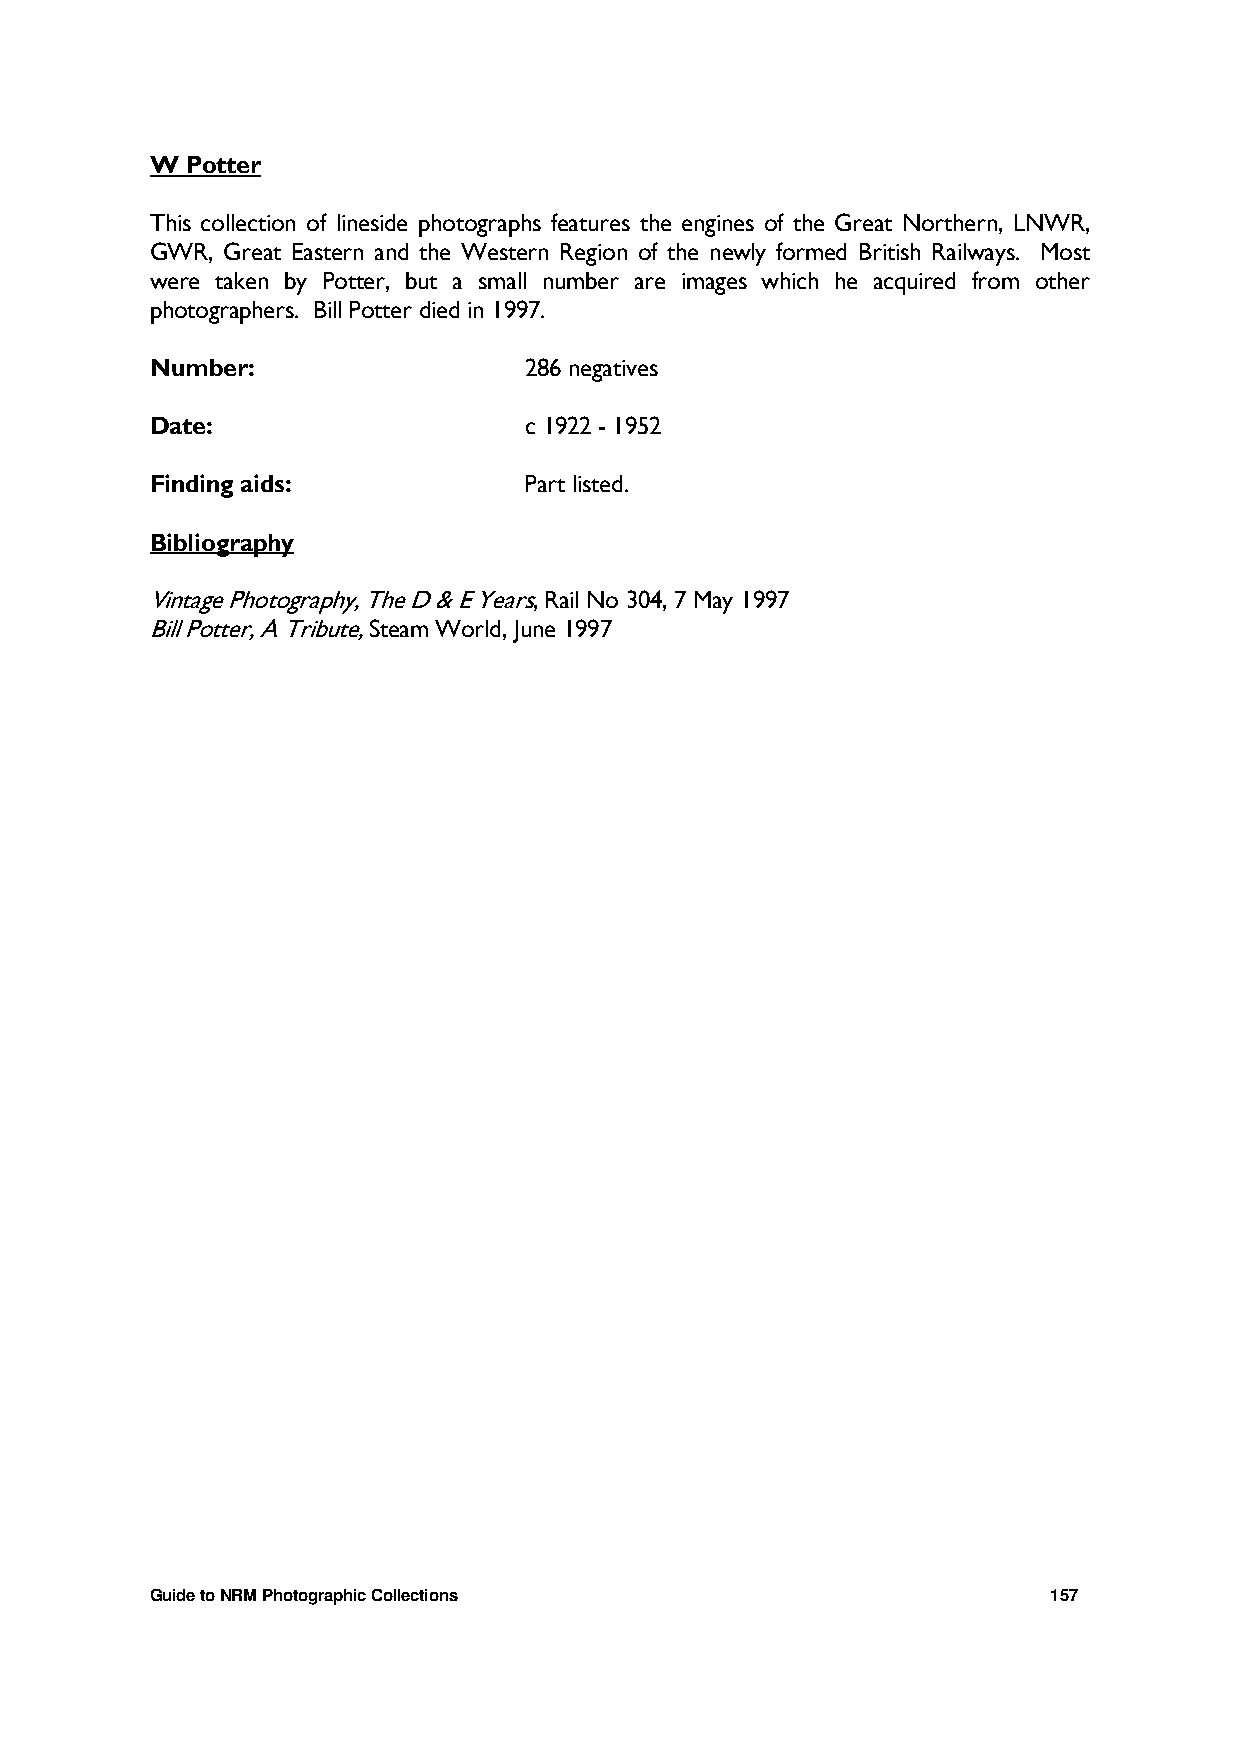
W Potter
 This collection of lineside photographs features the engines of the Great Northern, LNWR,
 GWR, Great Eastern and the Western Region of the newly formed British Railways. Most
 were taken by Potter, but a small number are images which he acquired from other
 photographers. Bill Potter died in 1997.
 Number:                  286 negatives
 Date:                    c 1922 - 1952
 Finding aids:            Part listed.
 Bibliography
 Vintage Photography, The D & E Years, Rail No 304, 7 May 1997
 Bill Potter, A Tribute, Steam World, June 1997
 Guide to NRM Photographic Collections                       157